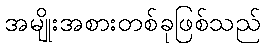
အမျိုးအစားတစ်ခုဖြစ်သည်